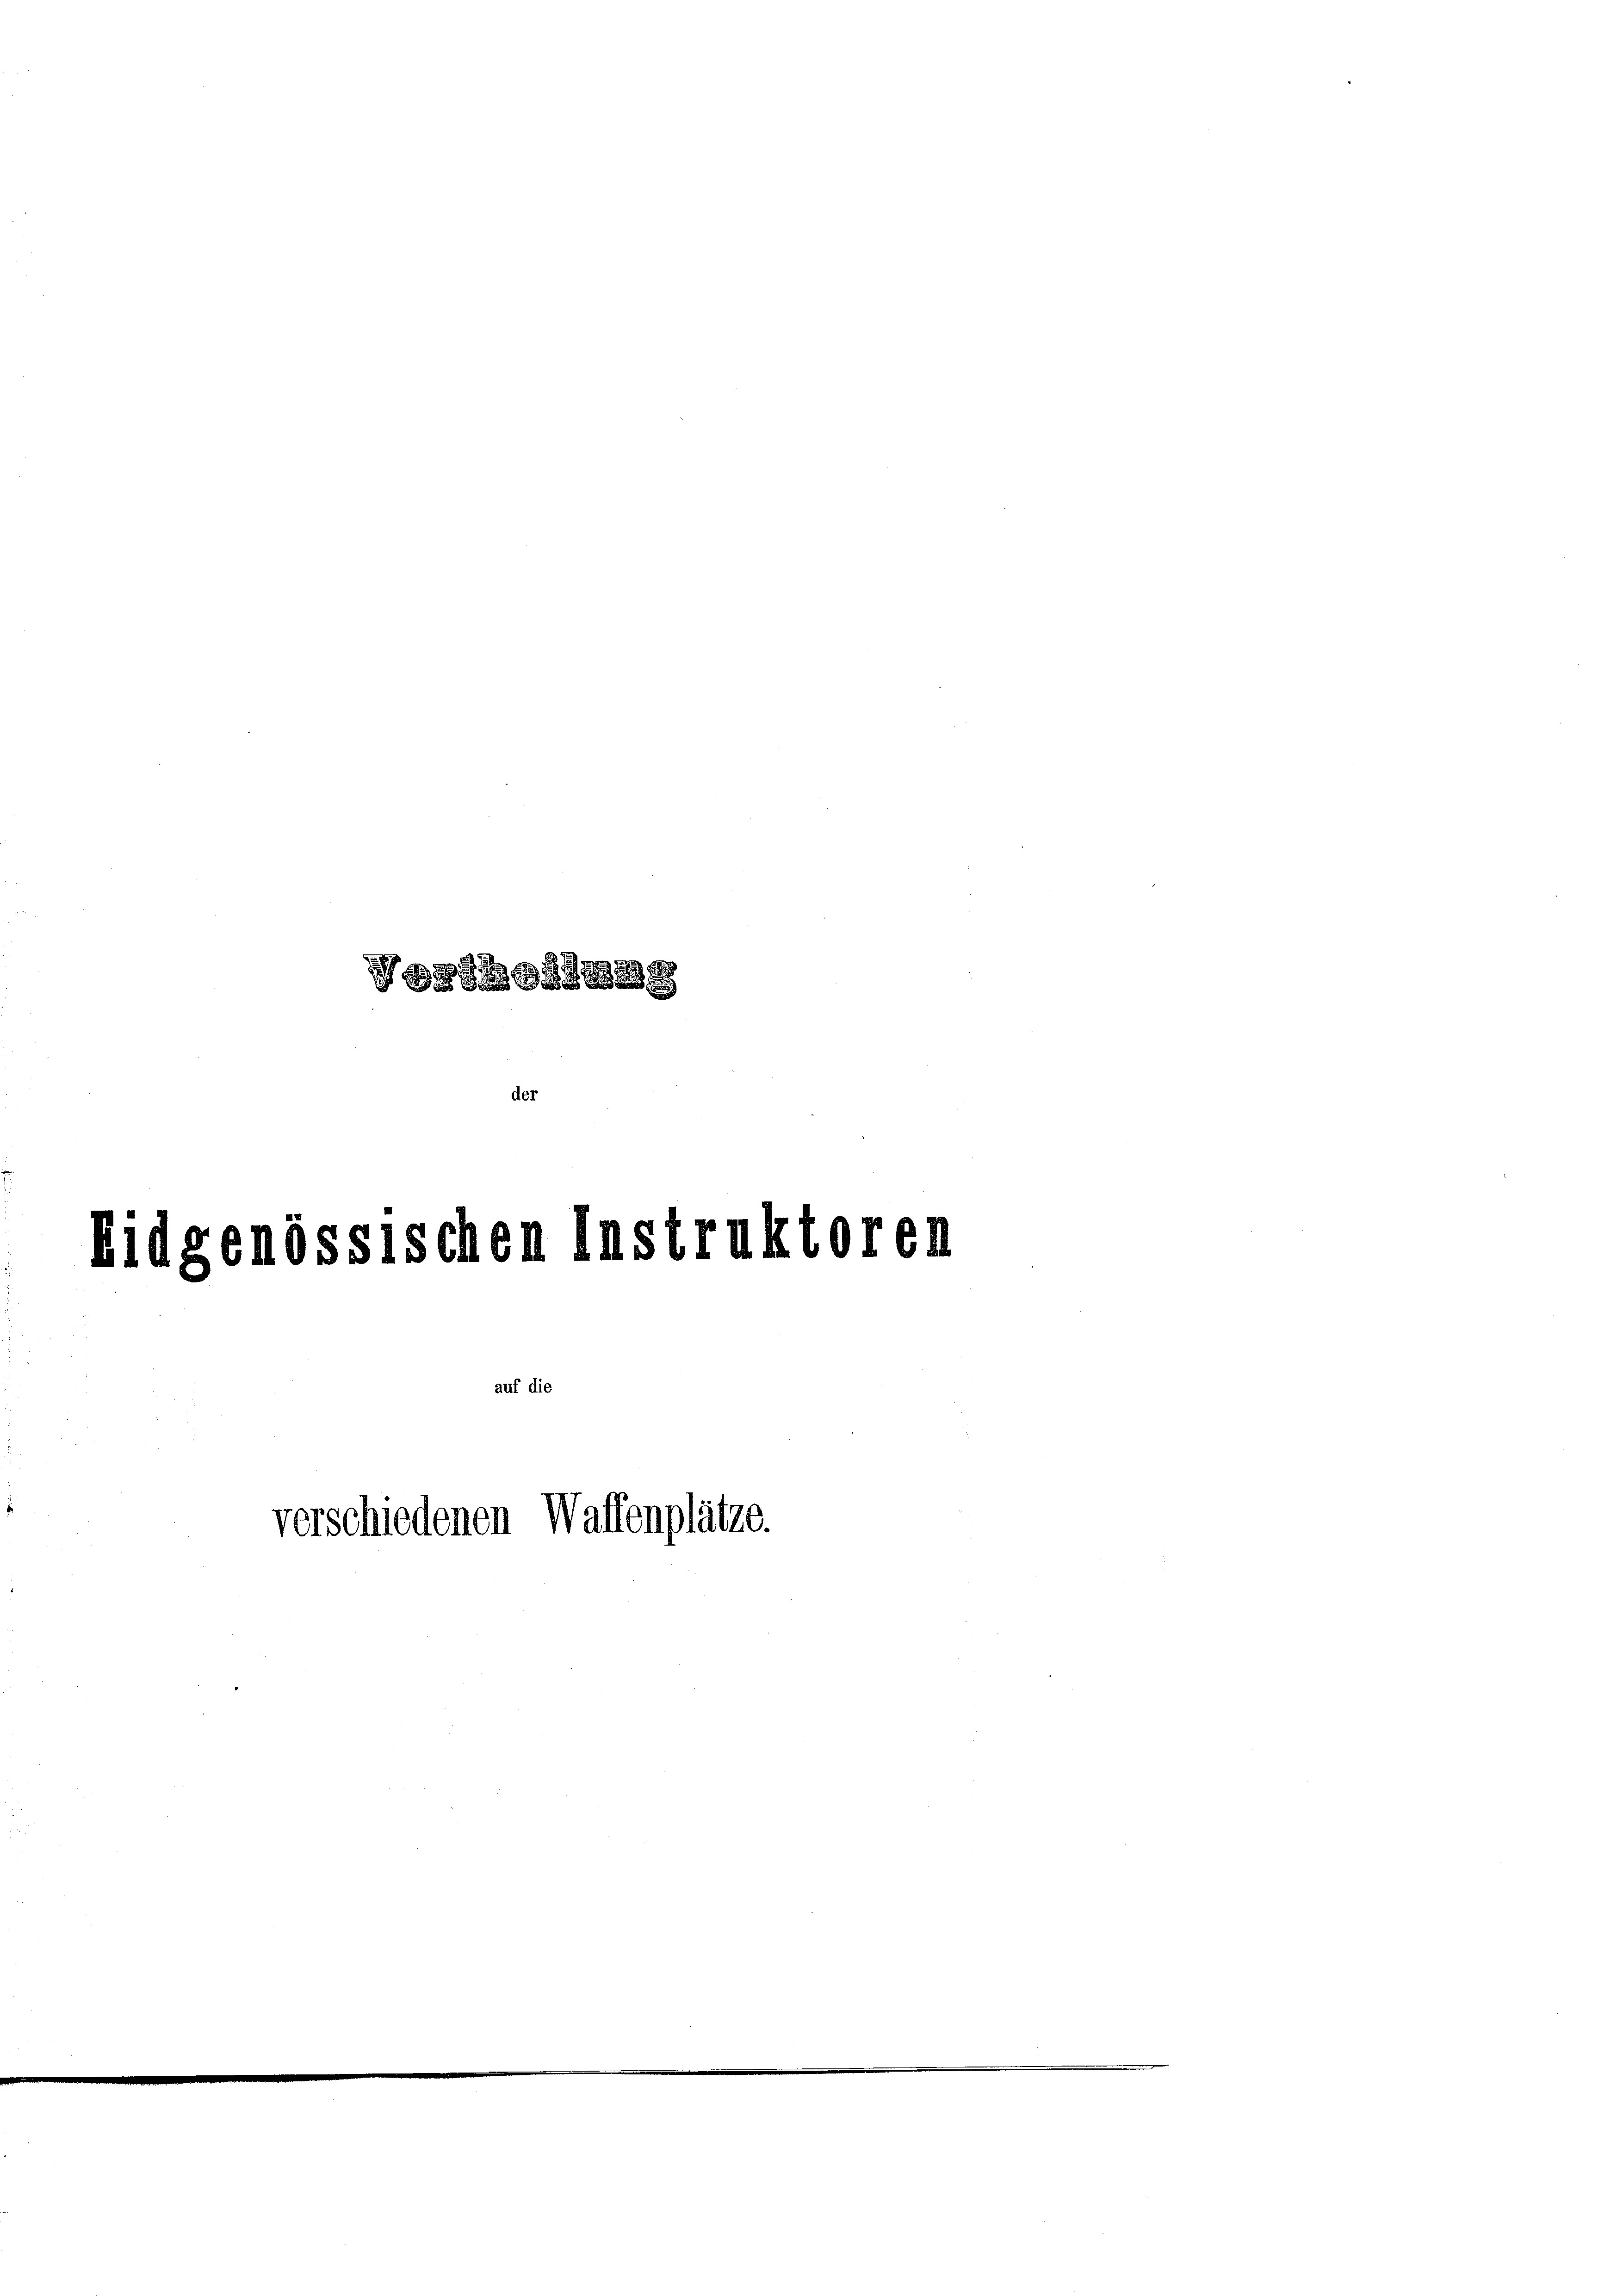
.

e
der

1

verschiedenen Waffenplätze

enössischen Instru

auf die

6.